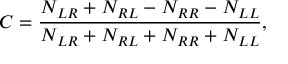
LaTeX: C = { \frac { N _ { L R } + N _ { R L } - N _ { R R } - N _ { L L } } { N _ { L R } + N _ { R L } + N _ { R R } + N _ { L L } } } ,